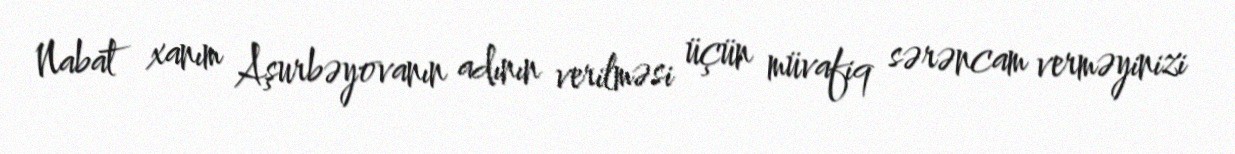
Nabat xanım Aşurbəyovanın adının verilməsi üçün müvafiq sərəncam verməyinizi